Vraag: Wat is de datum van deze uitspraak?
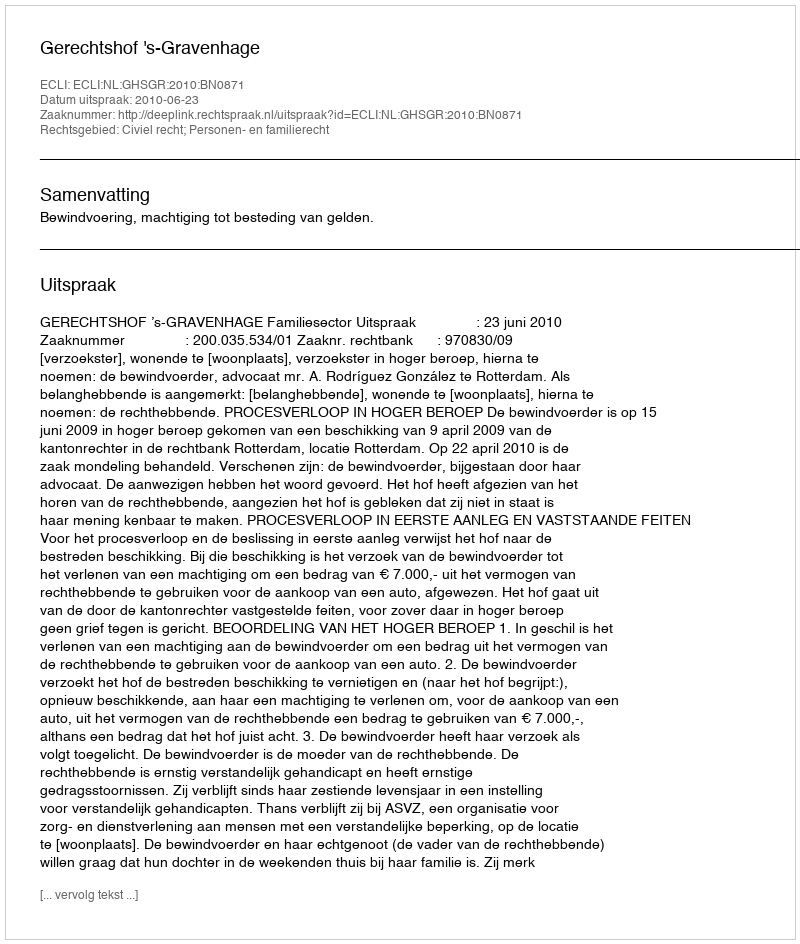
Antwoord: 2010-06-23